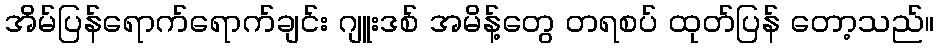
အိမ်ပြန်ရောက်ရောက်ချင်း ဂျူးဒစ် အမိန့်တွေ တရစပ် ထုတ်ပြန် တော့သည်။